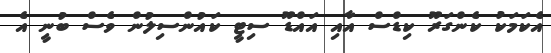
އެކަމަކު ކެންގަރޫ ކިޑްސް އާއި އައްޑޫ ސިޓީ ކައުންސިލުން ވެސް ބުނީ އެ